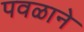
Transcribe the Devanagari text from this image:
पवळाने